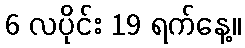
6 လပိုင်း 19 ရက်နေ့။